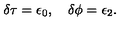
\delta \tau = \epsilon _ { 0 } , \quad \delta \phi = \epsilon _ { 2 } .